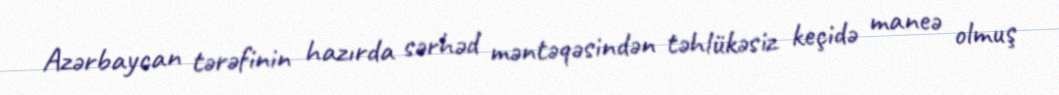
Azərbaycan tərəfinin hazırda sərhəd məntəqəsindən təhlükəsiz keçidə maneə olmuş